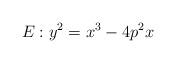
LaTeX: \begin{align*}E: y^2=x^3 - 4p^2 x\end{align*}